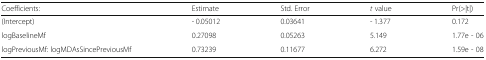
<table><thead><tr><td><b>Coefficients:</b></td><td><b>Estimate</b></td><td><b>Std. Error</b></td><td><b><i>t</i> value</b></td><td><b>Pr(&gt;|t|)</b></td></tr></thead><tbody><tr><td>(Intercept)</td><td>- 0.05012</td><td>0.03641</td><td>- 1.377</td><td>0.172</td></tr><tr><td>logBaselineMf</td><td>0.27098</td><td>0.05263</td><td>5.149</td><td>1.77e - 06</td></tr><tr><td>logPreviousMf: logMDAsSincePreviousMf</td><td>0.73239</td><td>0.11677</td><td>6.272</td><td>1.59e - 08</td></tr></tbody></table>